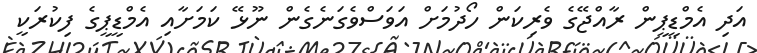
އަދި އެމްޑީޕީން ރާއްޖޭގެ ވެރިކަން ހޯދުމަށް އަވަސްވެގަނެގެން ނޫޅޭ ކަމަށާއި އެމްޑީޕީގެ ފިކުރަކީ